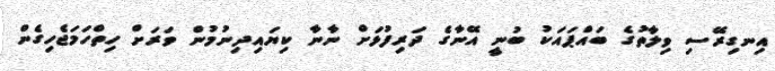
އިނގިރޭސި ވިލާތުގެ ބައްޕައަކު ބުނީ އޭނާގެ ދަރިފުޅަށް ނާނާ ކިޔައިދިނުމުން ވަރަށް ހިތްހަމަޖެހިގެން